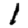
Digit: 1